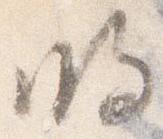
明